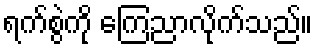
ရက်စွဲကို ကြေညာလိုက်သည်။